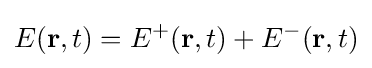
E(\mathbf {r} ,t)=E^{+}(\mathbf {r} ,t)+E^{-}(\mathbf {r} ,t)